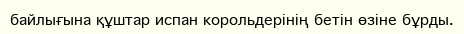
байлығына құштар испан корольдерінің бетін өзіне бұрды.